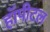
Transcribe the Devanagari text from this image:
हॉपीटल